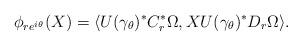
LaTeX: \begin{align*}\phi_{re^{i\theta}}(X)=\langle U(\gamma_\theta)^*C_r^*\Omega,XU(\gamma_\theta)^*D_r\Omega\rangle.\end{align*}